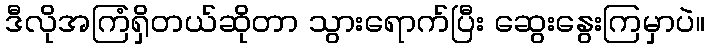
ဒီလိုအကြံရှိတယ်ဆိုတာ သွားရောက်ပြီး ဆွေးနွေးကြမှာပဲ။